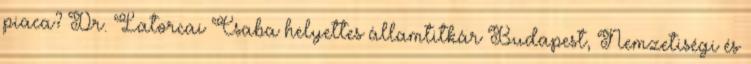
piaca? Dr. Latorcai Csaba helyettes államtitkár Budapest, Nemzetiségi és